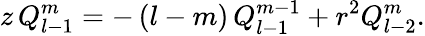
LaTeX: z\, Q_{l-1}^{m}=-\, (l-m)\, Q_{l-1}^{m-1}+r^{2}Q_{l-2}^{m}.